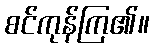
စင်ကုန်ကြ၏။